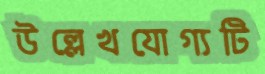
উল্লেখযোগ্যটি